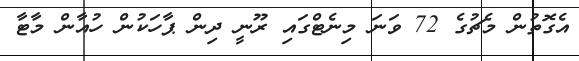
އެގޮތުން މެޗުގެ 72 ވަނަ މިނެޓްގައި ރޫނީ ދިން ޕާހަކުން ހުއާން މާޓާ